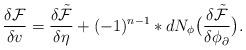
LaTeX: \begin{align*} \frac{\delta\mathcal{F}}{\delta v}=\frac{\delta\tilde{\mathcal{F}}}{\delta\eta}+(-1)^{n-1}\ast dN_{\phi}\big(\frac{\delta\tilde{\mathcal{F}}}{\delta\phi_{\partial}}\big). \end{align*}